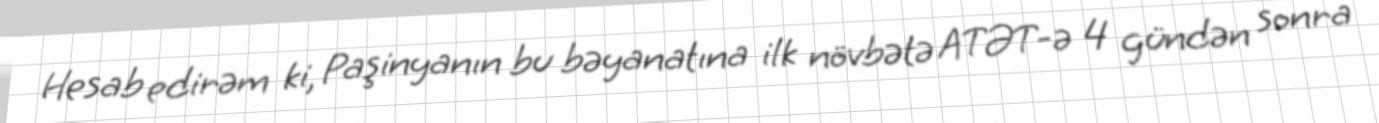
Hesab edirəm ki, Paşinyanın bu bəyanatına ilk növbətə ATƏT-ə 4 gündən sonra